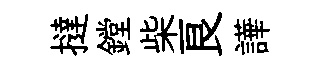
撻鏜柴良譁